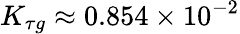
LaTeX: K_{\tau g}\approx 0.854\times 10^{-2}